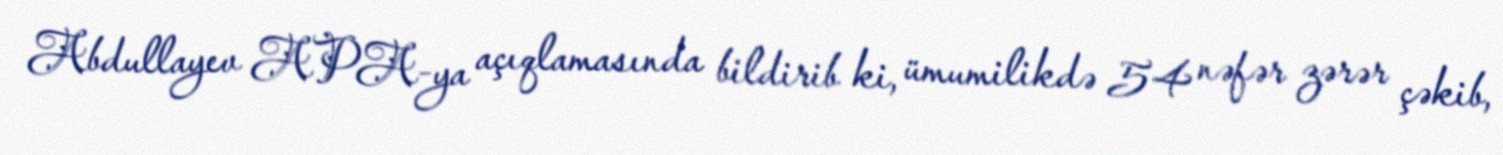
Abdullayev APA-ya açıqlamasında bildirib ki, ümumilikdə 54 nəfər zərər çəkib,